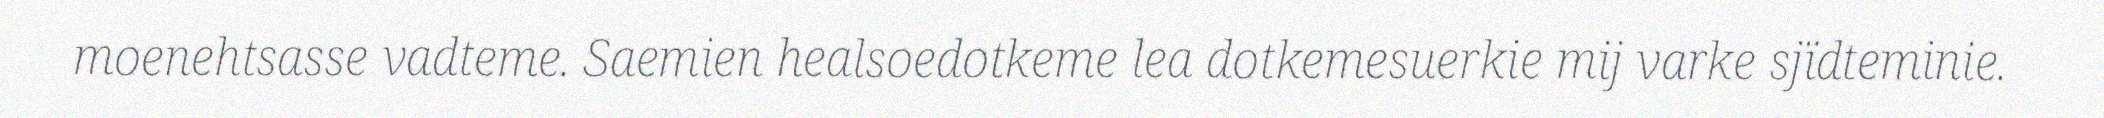
moenehtsasse vadteme. Saemien healsoedotkeme lea dotkemesuerkie mij varke sjïdteminie.